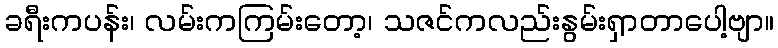
ခရီးကပန်း၊ လမ်းကကြမ်းတော့၊ သဇင်ကလည်းနွမ်းရှာတာပေါ့ဗျာ။